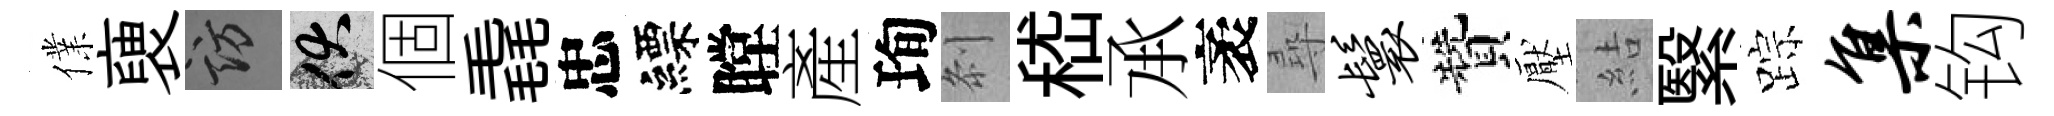
㒒褏訪伏個毳忠縹瞠產珣𠛴嵇𠄘袤尋鬟贊壓結繄踪集钩